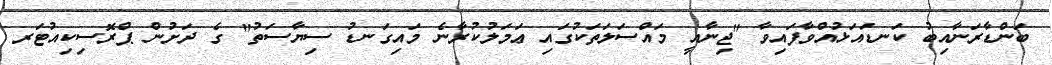
ބަންޑާރަނާއިބު ކަނޑައަޅުއްވާފައިވާ "ޖިނާއީ މައްސަލަތަކުގައި ޢަމަލުކުރާނެ މައިގަނޑު ސިޔާސަތު" ގެ ދަށުން ޕްރޮސިކިއުޓަރ